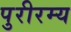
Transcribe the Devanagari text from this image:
पुरीरम्य